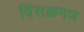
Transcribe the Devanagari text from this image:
विंसक्रमण